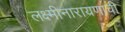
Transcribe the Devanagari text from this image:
लक्ष्मीनारायणाची